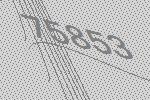
75853